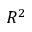
R ^ { 2 }